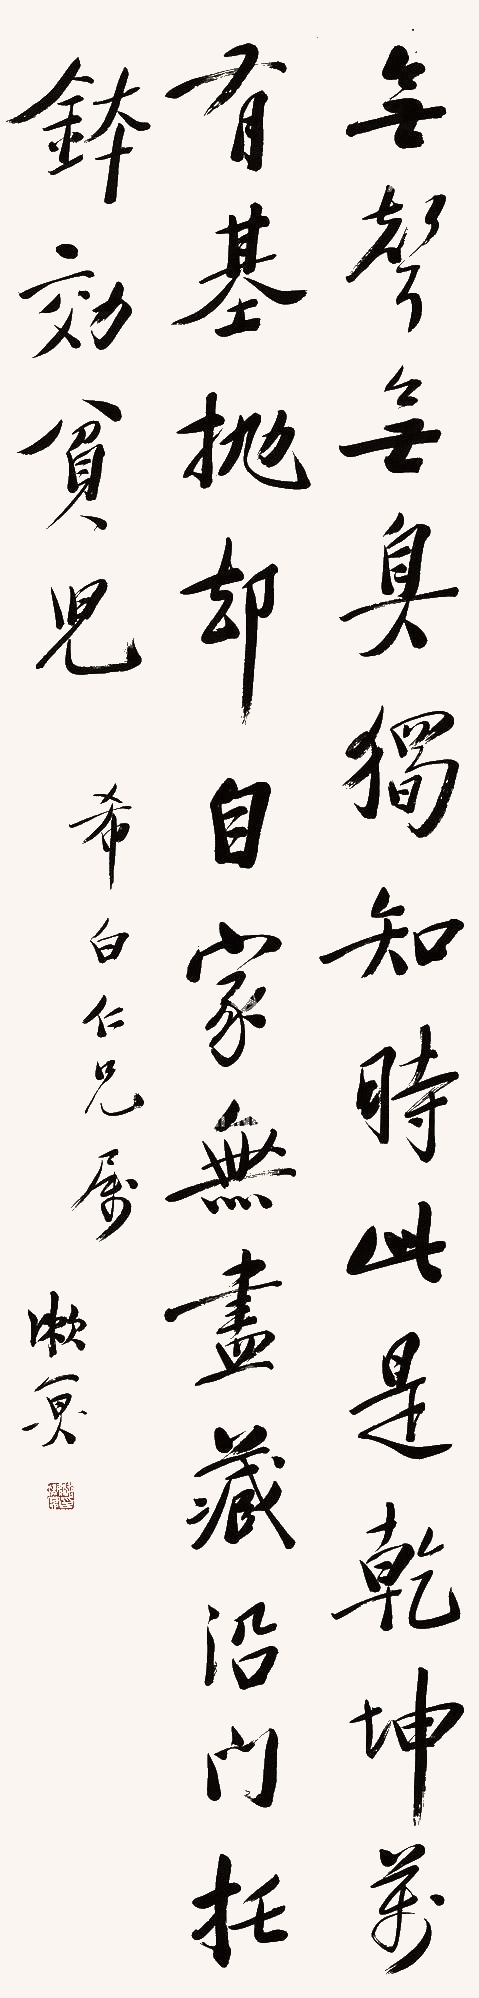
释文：无声无臭独知时，此是乾坤万有基。抛却自家无尽藏，沿门托钵效贫儿。希白仁兄属。漱冥。